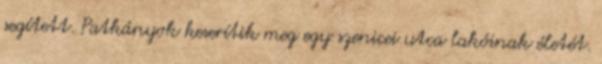
segített. Patkányok keserítik meg egy szenicei utca lakóinak életét.